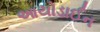
આયોડાઈન